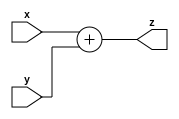
`timescale 1ns/1ns

module adder(input [31 : 0] x, input[31:0]y, output [31 : 0] z);
  assign z = x+y;
endmodule

module is_equal(input [31 : 0] a, input[31:0]b, output out);
  assign out = (a == b);
endmodule

module PC(input clk, rst, pc_write, input [31 : 0] pc_in, output reg [31 : 0] pc_out);
  always @(posedge clk, posedge rst) begin
    if(rst)
      pc_out <= 32'b0;
    else if(pc_write)
      pc_out <= pc_in;
    else
      pc_out <= pc_out;
  end
endmodule

module inst_memory(address, read_data);
  input [31:0] address;
  output[31:0] read_data;
  
  reg [7:0] data_memory [0:1023];
  
  initial begin
    //instructions go here
	// data_memory[0] = 8'b10001100;//lw R2 0(R0)
	// data_memory[1] = 8'b00000010;
	// data_memory[2] = 8'b00000000;
	// data_memory[3] = 8'b00000000;
	// data_memory[4] = 8'b10001100;//lw R3 4(R0)
	// data_memory[5] = 8'b00000011;
	// data_memory[6] = 8'b00000000;
	// data_memory[7] = 8'b00000100;
	// data_memory[8] = 8'b10001100;//lw R6 8(R0)
	// data_memory[9] = 8'b00000110;
	// data_memory[10] = 8'b00000000;
	// data_memory[11] = 8'b00001000;
	// data_memory[12] = 8'b10001100;//lw R7 12(R0)
	// data_memory[13] = 8'b00000111;
	// data_memory[14] = 8'b00000000;
	// data_memory[15] = 8'b00001100;
	// data_memory[16] = 8'b10001100;//lw R4 0(R2)  LABEL
	// data_memory[17] = 8'b01000100;
	// data_memory[18] = 8'b00000000;
	// data_memory[19] = 8'b00000000;
	// data_memory[20] = 8'b00000000;//add R2, R6, R2
	// data_memory[21] = 8'b01000110;
	// data_memory[22] = 8'b00010000;
	// data_memory[23] = 8'b00000010;
	// data_memory[24] = 8'b00000000;//sub R3, R7, R3
	// data_memory[25] = 8'b01100111;
	// data_memory[26] = 8'b00011000;
	// data_memory[27] = 8'b00000110;
	// data_memory[28] = 8'b00000000;//slt R1, R4, R5
	// data_memory[29] = 8'b00100100;
	// data_memory[30] = 8'b00101000;
	// data_memory[31] = 8'b00000111;
	// data_memory[32] = 8'b00000000;//nop
	// data_memory[33] = 8'b00000000;
	// data_memory[34] = 8'b00000000;
	// data_memory[35] = 8'b00000000;
	// data_memory[36] = 8'b00000000;//nop
	// data_memory[37] = 8'b00000000;
	// data_memory[38] = 8'b00000000;
	// data_memory[39] = 8'b00000000;
	// data_memory[40] = 8'b00010000;//beq R0, R5, 1
	// data_memory[41] = 8'b00000101;
	// data_memory[42] = 8'b00000000;
	// data_memory[43] = 8'b00000001;
	// data_memory[44] = 8'b00000000;//add R4, R0, R1
	// data_memory[45] = 8'b10000000;
	// data_memory[46] = 8'b00001000;
	// data_memory[47] = 8'b00000010;
	// data_memory[48] = 8'b00010100;//bne R0, R3, 1
	// data_memory[49] = 8'b00000011;
	// data_memory[50] = 8'b11111111;
	// data_memory[51] = 8'b11110111;
	// data_memory[52] = 8'b10101100;//sw R0, R1, 0
	// data_memory[53] = 8'b00000001;
	// data_memory[54] = 8'b00000000;
	// data_memory[55] = 8'b00000000;
  end
  
  assign read_data = {data_memory[address], data_memory[address + 1], data_memory[address + 2], data_memory[address + 3]};
  
endmodule

module data_memory(clk, mem_write, mem_read, address, write_data, read_data);
  input clk, mem_read, mem_write;
  input [31:0] write_data, address;
  output[31:0] read_data;
  
  integer i;
  reg [7:0] data_memory [0:2067];
  

  always @ (posedge clk) begin
    if (mem_write)begin
      data_memory [address] <= write_data[31 : 24];
      data_memory [address + 1] <= write_data[24 : 16];
      data_memory [address + 2] <= write_data[15 : 8];
      data_memory [address + 3] <= write_data[7 : 0];
    end
  end
  initial begin
	for (i = 0; i < 1024 ; i = i + 1)
        	data_memory [i] = 0;
	data_memory[0] = 8'b0;
	data_memory[1] = 8'b0;
	data_memory[2] = 8'b00000011;
	data_memory[3] = 8'b11101000;
	data_memory[4] = 8'b0;
	data_memory[5] = 8'b0;
	data_memory[6] = 8'b0;
	data_memory[7] = 8'b00000100;
	data_memory[8] = 8'b0;
	data_memory[9] = 8'b0;
	data_memory[10] = 8'b0;
	data_memory[11] = 8'b00000100;
	data_memory[12] = 8'b0;
	data_memory[13] = 8'b0;
	data_memory[14] = 8'b0;
	data_memory[15] = 8'b00000001;


	data_memory[1000] = 8'b0;
	data_memory[1001] = 8'b0;
	data_memory[1002] = 8'b0;
	data_memory[1003] = 8'd110;

	data_memory[1004] = 8'b0;
	data_memory[1005] = 8'b0;
	data_memory[1006] = 8'b0;
	data_memory[1007] = 8'd7;

	data_memory[1008] = 8'b0;
	data_memory[1009] = 8'b0;
	data_memory[1010] = 8'b0;
	data_memory[1011] = 8'd3;

	data_memory[1012] = 8'b0;
	data_memory[1013] = 8'b0;
	data_memory[1014] = 8'b0;
	data_memory[1015] = 8'd4;

	data_memory[1016] = 8'b0;
	data_memory[1017] = 8'b0;
	data_memory[1018] = 8'b0;
	data_memory[1019] = 8'd5;
  end
  
  assign read_data = (mem_read) ? {data_memory[address], data_memory[address + 1], data_memory[address + 2], data_memory[address + 3]} : 32'bz;
  
endmodule

module hazard(input [4 : 0] ID_Rs, ID_Rt, EX_Rt, input EX_mem_read, output reg controller_enable, IF_ID_enable, pc_write);
	always @(ID_Rs, ID_Rt, EX_Rt, EX_mem_read) begin
		if((EX_mem_read == 1) & (ID_Rs == EX_Rt | ID_Rt == EX_Rt))
			{controller_enable,IF_ID_enable,pc_write} = 3'b0;
		else
			{controller_enable,IF_ID_enable,pc_write} = 3'b1;
	end
endmodule

module forward(input [4 : 0] EX_Rs, M_Rd, EX_Rt, WB_Rd, input EX_reg_write, M_reg_write, WB_reg_write, output reg [1 : 0] sel1, sel2);
	wire m_forward, wb_forward;
	assign m_forward = (EX_reg_write === 1'b1) & (M_reg_write === 1'b1);
	assign wb_forward = (EX_reg_write === 1'd1) & (WB_reg_write === 1'd1);
	always @(EX_Rs, M_Rd, EX_Rt, WB_Rd, EX_reg_write, M_reg_write, WB_reg_write)begin
		if(m_forward & (EX_Rs === M_Rd))
			sel1 = (M_Rd == 0) ? 0 : 2'd2;
		else if(wb_forward & (EX_Rs === WB_Rd))
			sel1 = (WB_Rd == 0) ? 0 : 2'd1;
		else
			sel1 = 2'd0;
		if(m_forward & (EX_Rt === M_Rd))
			sel2 = (M_Rd == 0) ? 0 : 2'd2;
		else if(wb_forward & (EX_Rt === WB_Rd))
			sel2 = (WB_Rd == 0) ? 0 : 2'd1;
		else
			sel2 = 2'd0;
	end
endmodule

module EX_M_reg(input clk, rst, input [31 : 0] alu_in, reg2_read_in, input [4 : 0] regdst_out_in, 
  input mem_read_in, mem_write_in, reg_write_in,
  mem_to_reg_in,
  output reg [31 : 0] reg1_read_out, reg2_read_out, mem_address_out
  , output reg [4 : 0] rt_out, rd_out, rs_out, output reg mem_read_out,
   mem_write_out, reg_write_out, mem_to_reg_out, output reg [31 : 0] alu_out,
   output reg [4 : 0] regdst_out_out);
   
endmodule

module ALU(input [31 : 0] a, b, input [2 : 0] opc, output reg [31 : 0] w);
  always @(opc, a, b) begin
    case(opc)
      1: w = a & b;
      0: w = a | b;
      2: w = a + b;
      7: w = a - b;
      6: w = (a < b);
      default w = 32'bz;
    endcase
  end
endmodule